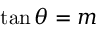
\tan \theta = m